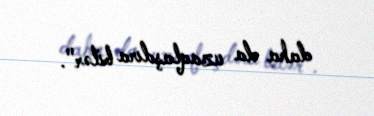
daha da uzaqlaşdıra bilər".